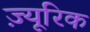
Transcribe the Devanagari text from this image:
ज़्यूरिक